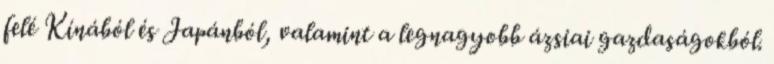
felé Kínából és Japánból, valamint a legnagyobb ázsiai gazdaságokból.